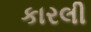
કારલી